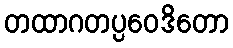
တထာဂတပ္ပဝေဒိတော